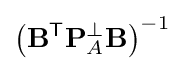
\left(\mathbf {B} ^{\textsf {T}}\mathbf {P} _{A}^{\perp }\mathbf {B} \right)^{-1}